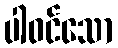
ပါဝင်သော